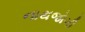
નાથજોગી